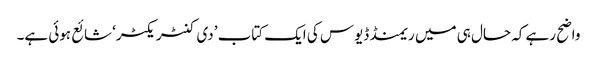
واضح رہے کہ حال ہی میں ریمنڈ ڈیوس کی ایک کتاب ’دی کنٹریکٹر‘ شائع ہوئی ہے۔